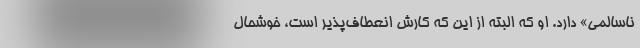
ناسالمی» دارد. او که البته از این که کارش انعطاف‌پذیر است، خوشحال